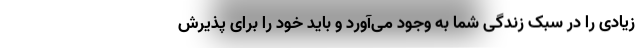
زیادی را در سبک زندگی شما به وجود می‌آورد و باید خود را برای پذیرش